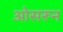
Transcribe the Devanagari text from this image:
ओसरून